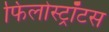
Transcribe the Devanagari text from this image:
फिलोस्ट्रॉटस